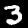
Digit: 3